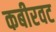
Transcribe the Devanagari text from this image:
कबीरवट